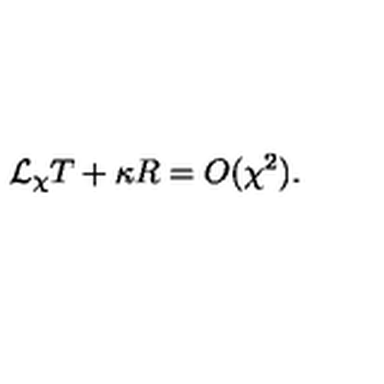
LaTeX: { \cal L } _ { \chi } T + \kappa R = O ( \chi ^ { 2 } ) .